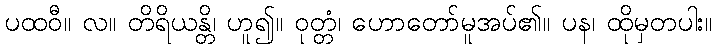
ပထဝီ။ လ။ တိရိယန္တိ၊ ဟူ၍။ ဝုတ္တံ၊ ဟောတော်မူအပ်၏။ ပန၊ ထိုမှတပါး။